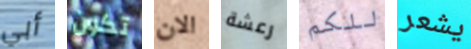
أبي تكون الان رعشة للكم يشعر